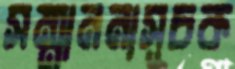
সম্মাননাসূচক